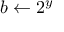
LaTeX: b \leftarrow 2 ^ { y }